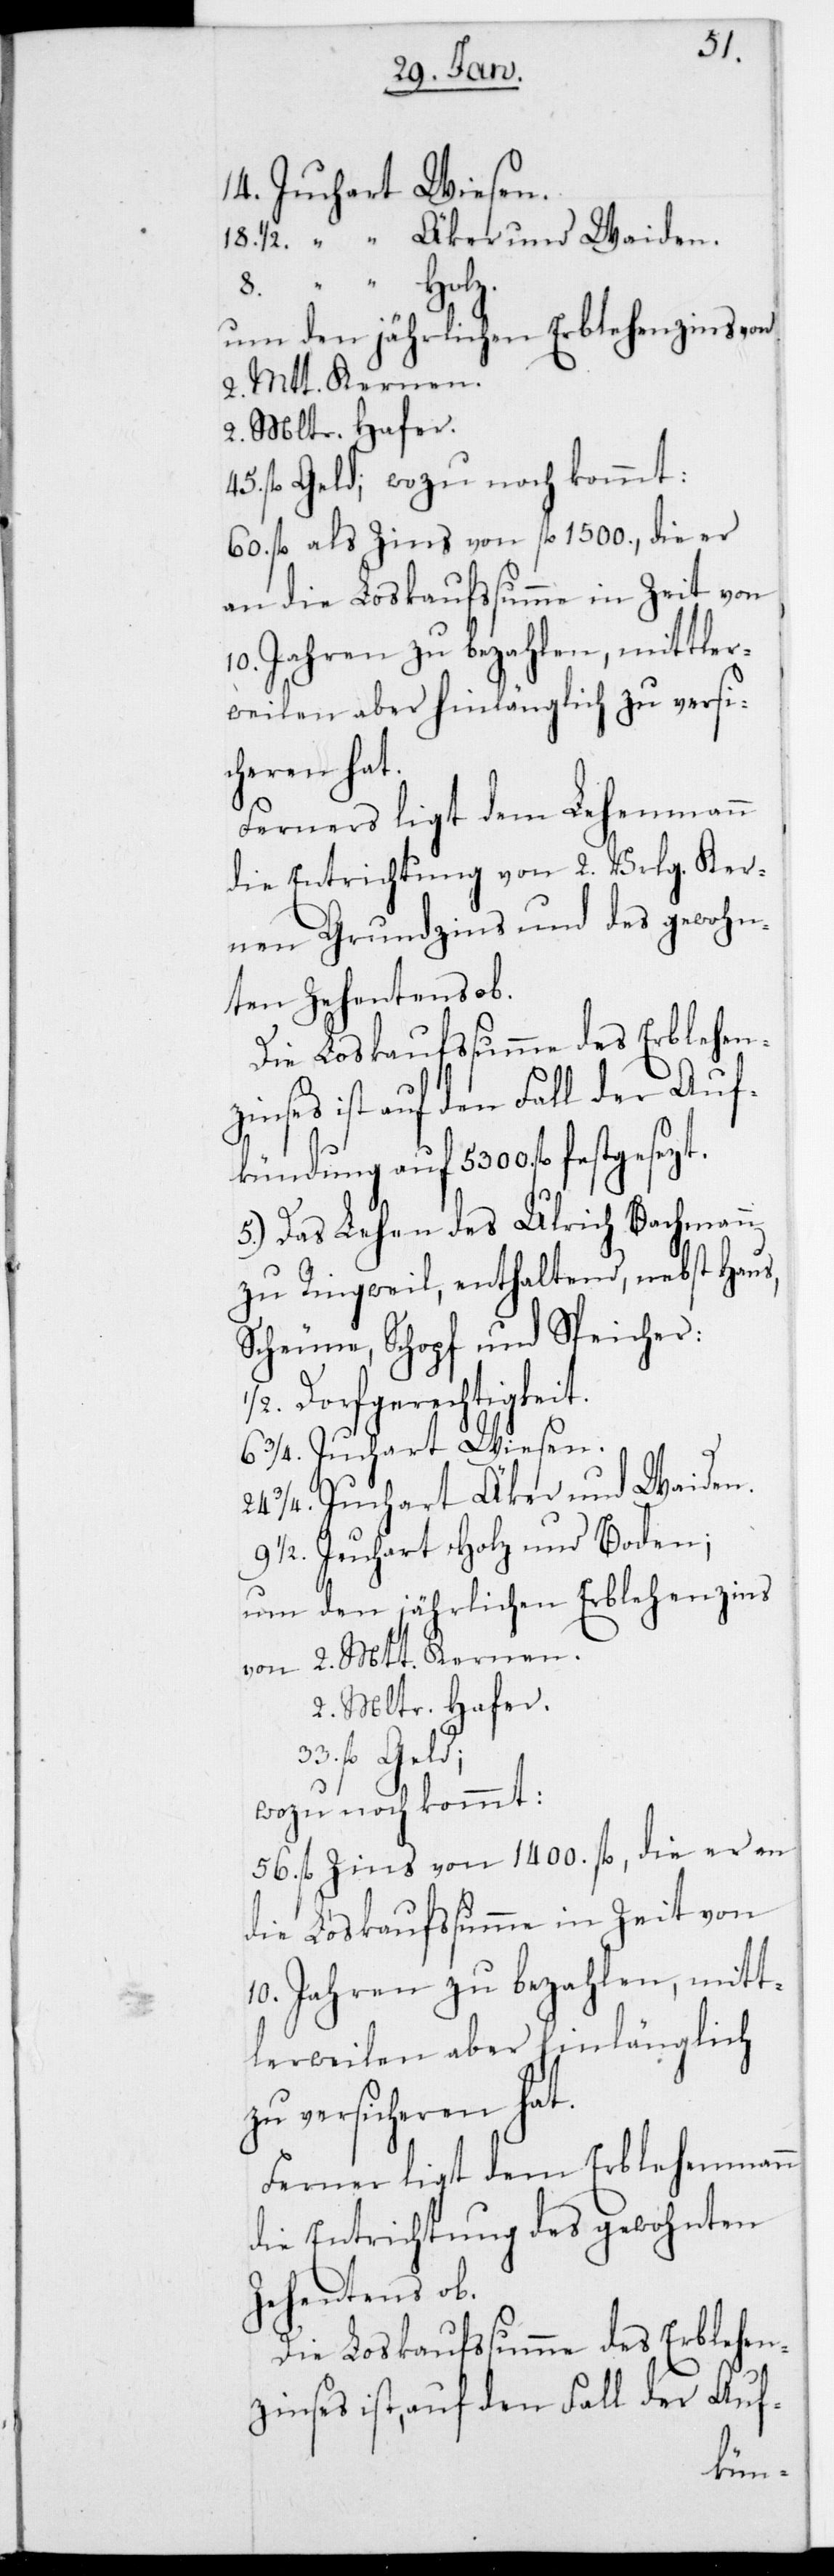
14. Juchart Wiesen.
18 1/2. “ Äcker und Waiden.
8. “ Holz.
um den jährlichen Erblehenzins von
2. Mtt Kernen.
2. Mltr Hafer.
45. fl. Geld; wozu noch kommt:
60. fl. als Zins von fl. 1500., die er
an die Loskaufssumme in Zeit von
10. Jahren zu bezahlen, mittler¬
weilen aber hinlänglich zu versi¬
cheren hat.
Ferners ligt dem Lehenmann
die Entrichtung von 2. Vrlg. Ker¬
nen Grundzins und des gewohn¬
ten Zehentens ob.
Die Loskaufssumme des Erblehen¬
zinses ist auf den Fall der Auf¬
kündung auf 5300. fl. fest¬
5.) Das Lehen des Ulrich Bachmann
zu Ringweil, enthaltend nebst Haus,
Scheune, Schopf und Speicher:
Dorfgerechtigkeit.
6 3/4. Juchart Wiesen.
3/4. Juchart Äcker und Waiden.
9 1/2. Juchart Holz und Boden;
2. Mltr Hafer.
fl. Geld;
wozu noch kommt:
56. fl. Zins von 1400. fl., die er an
die Loskaufssumme in Zeit von
10 Jahren zu bezahlen, mitt¬
lerweilen aber hinlänglich
zu versicheren hat.
Ferner liegt dem Erblehenmann
die Entrichtung des gewohnten
Zehentens ob.
zinses ist, auf den Fall der Auf-